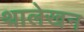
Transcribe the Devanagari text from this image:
थालेखन